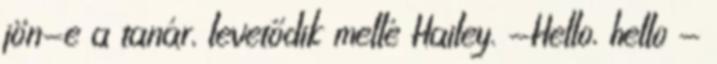
jön-e a tanár, levetődik mellé Hailey. -Hello, hello -